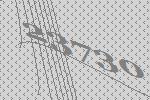
23730